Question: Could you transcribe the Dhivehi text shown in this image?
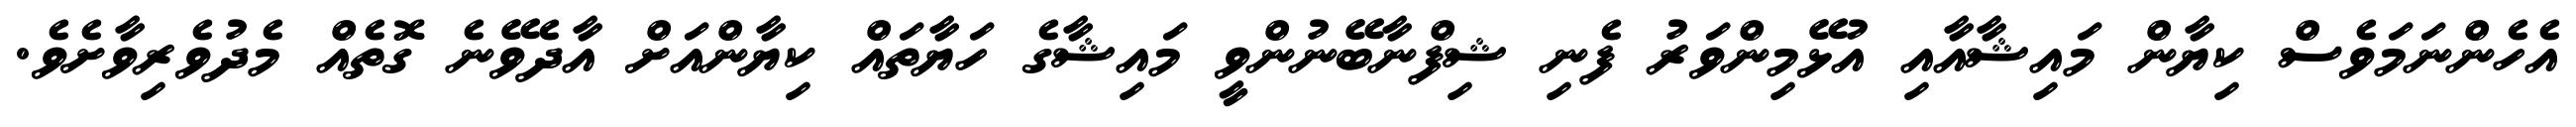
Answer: އެހެންނަމަވެސް ކިޔާން މައިޝާއާއި އުޅޭމިންވަރު ފެނި ޝިފްނާބޭނުންވީ މައިޝާގެ ހަޔާތައް ކިޔާންއަށް އާދެވޭނެ ގޮތެއް މެދުވެރިވާށެވެ.